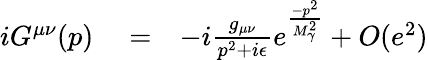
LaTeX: \begin{array}{rlr}{iG^{\mu\nu}(p)}&{{}=}&{-i\frac{g_{\mu\nu}}{p^{2}+i\epsilon}e^{\frac{-p^{2}}{M_{\gamma}^{2}}}+O(e^{2})}\end{array}